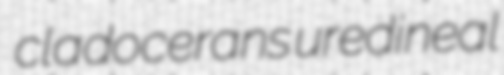
cladocerans uredineal